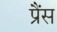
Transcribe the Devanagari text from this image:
प्रैंस